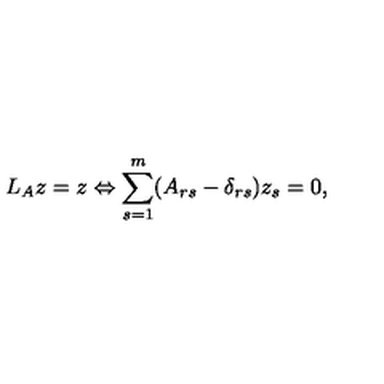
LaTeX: L _ { A } z = z \Leftrightarrow \sum _ { s = 1 } ^ { m } ( A _ { r s } - \delta _ { r s } ) z _ { s } = 0 , \nonumber